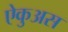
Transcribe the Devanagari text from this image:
ऐकुअस